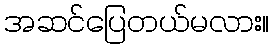
အဆင်ပြေတယ်မလား။